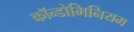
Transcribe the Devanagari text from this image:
कॉन्डोमिनियम